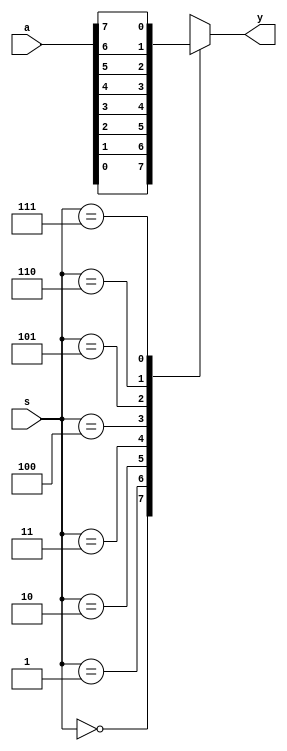
module mux81_21(y,a,s);
output y;
input [7:0]a;
input [2:0]s;
reg y;
always@(a,s)
case(s)
3'b000:y=a[0];
3'b001:y=a[1];
3'b010:y=a[2];
3'b011:y=a[3];
3'b100:y=a[4];
3'b101:y=a[5];
3'b110:y=a[6];
3'b111:y=a[7];
endcase
endmodule